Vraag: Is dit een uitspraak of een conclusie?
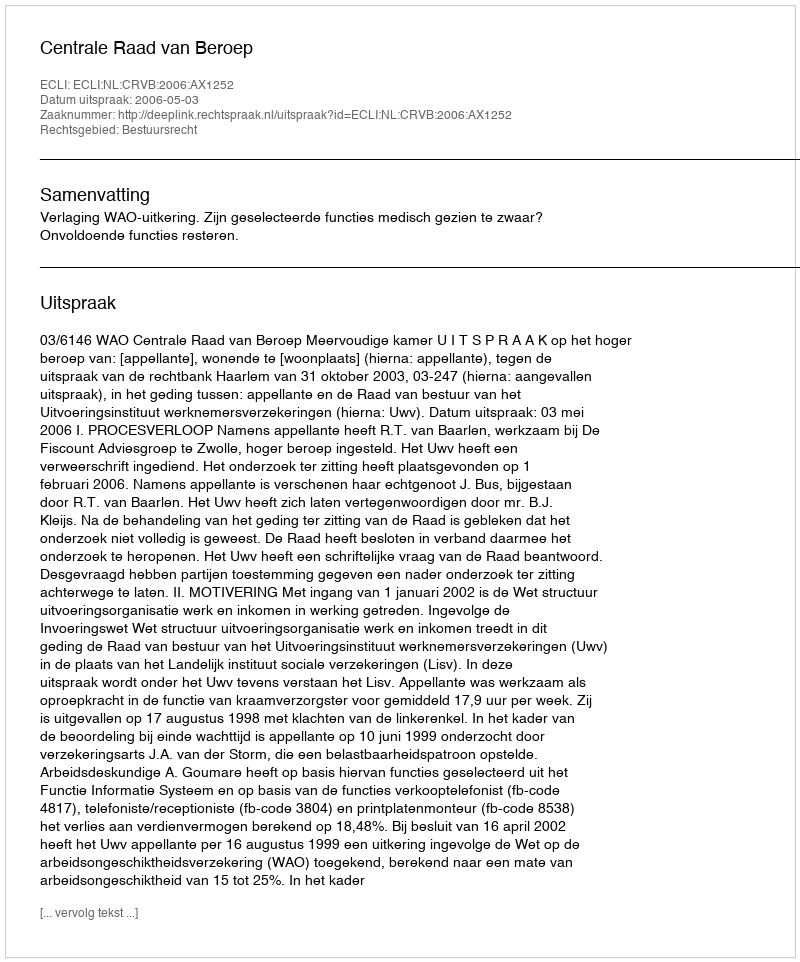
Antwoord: Uitspraak